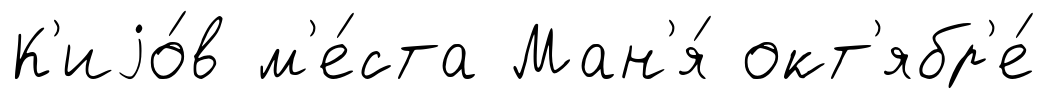
К'иjо́в м'е́ста Ман'я́ окт'ябр'е́